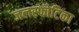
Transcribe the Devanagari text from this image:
जलस्फोटिका